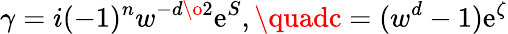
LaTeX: \gamma=i(-1)^{{n}}w^{-{{d}\o2}}\mathrm{e}^{S},\quadc=(w^{d}-1)\mathrm{e}^{\zeta}